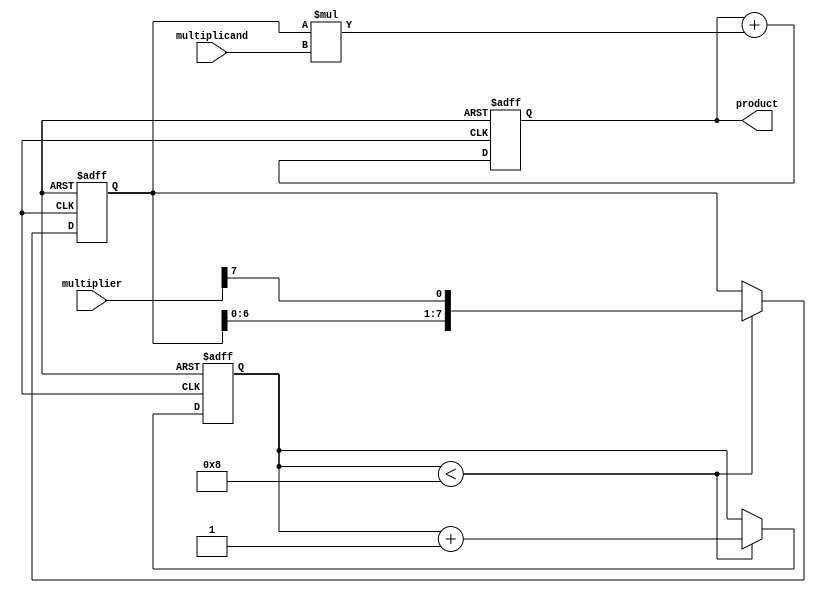
module shift_and_add_multiplier (
    input [7:0] multiplicand,
    input [7:0] multiplier,
    output reg [15:0] product
);

reg [7:0] shift_reg;
reg [7:0] shift_cnt;

always @ (posedge clk or negedge reset) begin
    if (!reset) begin
        shift_reg <= 8'b0;
        shift_cnt <= 8'b0;
        product <= 16'b0;
    end else begin
        if (shift_cnt < 8) begin
            shift_reg <= {shift_reg[6:0], multiplier[7]};
            shift_cnt <= shift_cnt + 1;
        end
        product <= product + (shift_reg * multiplicand);
    end
end

endmodule